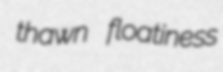
thawn floatiness